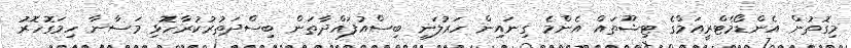
މިގޮތުން އެންޑޯމެޓްރީއަމްގެ ޓިޝޫތައް އެންމެ ގިނައިން ހަރުލަނީ ބިސްއުފައްދާތަން ބިސްދަތުރުކުރާހޮޅި މަސާނާ ހިމަގޮހޮރު